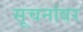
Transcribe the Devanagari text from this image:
सूचनांवर